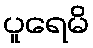
ပူရေမိ